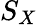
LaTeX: S_{X}